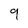
Character: 9